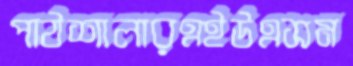
পাঠশালারএইউএসম